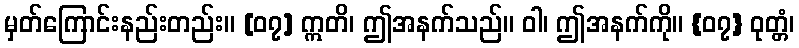
မှတ်ကြောင်းနည်းတည်း။ [၀၇] ဣတိ၊ ဤအနက်သည်။ ဝါ၊ ဤအနက်ကို။ {၀၇} ဝုတ္တံ၊